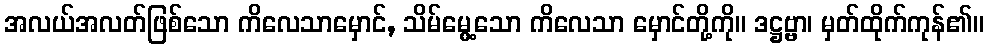
အလယ်အလတ်ဖြစ်သော ကိလေသာမှောင်, သိမ်မွေ့သော ကိလေသာ မှောင်တို့ကို။ ဒဋ္ဌဗ္ဗာ၊ မှတ်ထိုက်ကုန်၏။